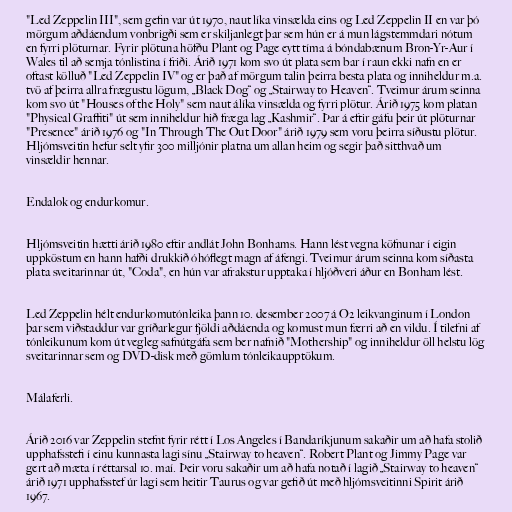
"Led Zeppelin III", sem gefin var út 1970, naut líka vinsælda eins og Led Zeppelin II en var þó
mörgum aðdáendum vonbrigði sem er skiljanlegt þar sem hún er á mun lágstemmdari nótum
en fyrri plöturnar. Fyrir plötuna höfðu Plant og Page eytt tíma á bóndabænum Bron-Yr-Aur í
Wales til að semja tónlistina í friði. Árið 1971 kom svo út plata sem bar í raun ekki nafn en er
oftast kölluð "Led Zeppelin IV" og er það af mörgum talin þeirra besta plata og inniheldur m.a.
tvö af þeirra allra frægustu lögum, „Black Dog“ og „Stairway to Heaven“. Tveimur árum seinna
kom svo út "Houses of the Holy" sem naut álíka vinsælda og fyrri plötur. Árið 1975 kom platan
"Physical Graffiti" út sem inniheldur hið fræga lag „Kashmir“. Þar á eftir gáfu þeir út plöturnar
"Presence" árið 1976 og "In Through The Out Door" árið 1979 sem voru þeirra síðustu plötur.
Hljómsveitin hefur selt yfir 300 milljónir platna um allan heim og segir það sitthvað um
vinsældir hennar.

Endalok og endurkomur.

Hljómsveitin hætti árið 1980 eftir andlát John Bonhams. Hann lést vegna köfnunar í eigin
uppköstum en hann hafði drukkið óhóflegt magn af áfengi. Tveimur árum seinna kom síðasta
plata sveitarinnar út, "Coda", en hún var afrakstur upptaka í hljóðveri áður en Bonham lést.

Led Zeppelin hélt endurkomutónleika þann 10. desember 2007 á O2 leikvanginum í London
þar sem viðstaddur var gríðarlegur fjöldi aðdáenda og komust mun færri að en vildu. Í tilefni af
tónleikunum kom út vegleg safnútgáfa sem ber nafnið "Mothership" og inniheldur öll helstu lög
sveitarinnar sem og DVD-disk með gömlum tónleikaupptökum.

Málaferli.

Árið 2016 var Zeppelin stefnt fyrir rétt í Los Angeles í Bandaríkjunum sakaðir um að hafa stolið
upphafsstefi í einu kunnasta lagi sínu „Stairway to heaven“. Robert Plant og Jimmy Page var
gert að mæta í réttarsal 10. maí. Þeir voru sakaðir um að hafa notað í lagið „Stairway to heaven“
árið 1971 upphafsstef úr lagi sem heitir Taurus og var gefið út með hljómsveitinni Spirit árið
1967.